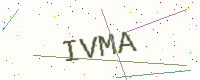
Text: IVMA